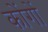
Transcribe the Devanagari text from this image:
कोंगों